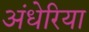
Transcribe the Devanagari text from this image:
अंधेरिया